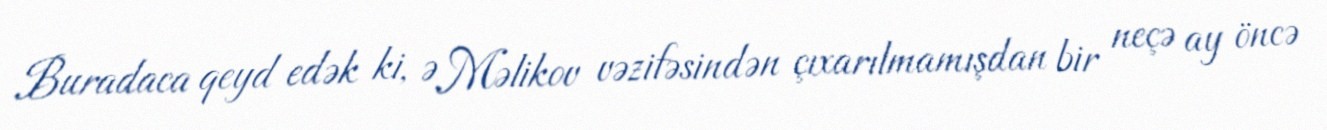
Buradaca qeyd edək ki, Ə.Məlikov vəzifəsindən çıxarılmamışdan bir neçə ay öncə